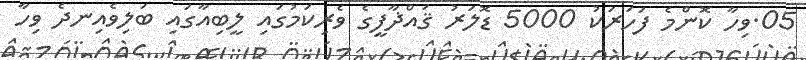
05.ވިހާ ކޮންމެ ފަަހަރަކު 5000 ޑޮލަރު ޤައްޛާފީގެ ވެރިކަމުގައި ލީބިއާގައި ބަލިވެއިނދެ ވިހާ